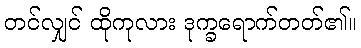
တင်လျှင် ထိုကုလား ဒုက္ခရောက်တတ်၏။